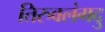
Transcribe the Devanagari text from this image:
तिरुवलंगदु